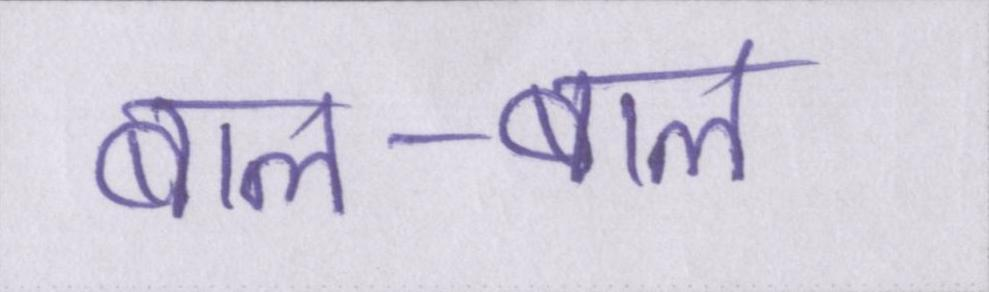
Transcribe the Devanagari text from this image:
बाल-बाल